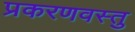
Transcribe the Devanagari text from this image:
प्रकरणवस्तु